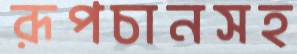
রূপচানসহ